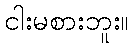
ငါးမစားဘူး။